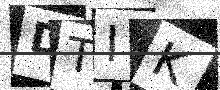
Text: DTIK